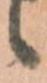
候